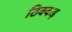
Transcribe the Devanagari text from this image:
ठिक्कड़